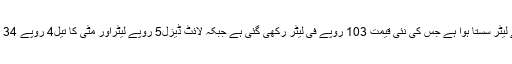
اسی طرح ہائی آکٹین 10روپے لیٹر سستا ہوا ہے جس کی نئی قیمت 103 روپے فی لیٹر رکھی گئی ہے جبکہ لائٹ ڈیزل5 روپے لیٹراور مٹی کا تیل4 روپے 34 پیسے فی لیٹر سستا کیا گیا ہے۔